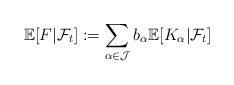
LaTeX: \begin{align*}\mathbb{E}[F|\mathcal{F}_t] := \sum_{\alpha\in\mathcal{J}}b_{\alpha}\mathbb{E}[K_{\alpha}| \mathcal{F}_t]\end{align*}